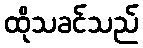
ထိုသခင်သည်